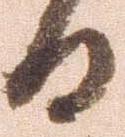
日